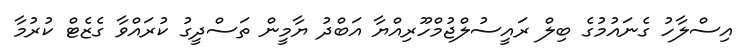
އިސްލާހު ގެނައުމުގެ ބިލް ރައީސުލްޖުމްހޫރިއްޔާ އަބްދު ޔާމީން ތަސްދީގު ކުރައްވާ ގެޒެޓް ކުރުމާ